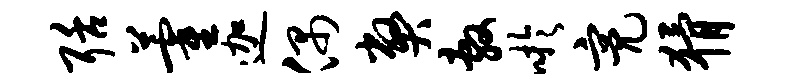
聒藿迦偶弊敷吁亮猾